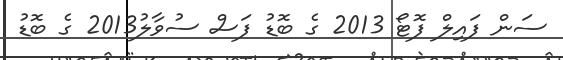
ސަން ފައިލް ފޮޓޯ 2013 ގެ ބޮޑު ފަސް ސުވާލު2013 ގެ ބޮޑު